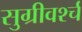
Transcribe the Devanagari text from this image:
सुग्रीवर्श्च